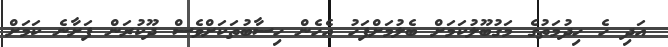
އަދި ހެ ހިދުމަތުގެ މަގުބޫލުކަމަށް ބެލުމަށްފަހު އެހެން ހިސާބުތަކަށްވެސް ދޫކުރަން ފަށާނެ ކަމަށް